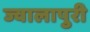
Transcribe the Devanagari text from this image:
ज्वालापुरी